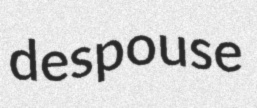
despouse